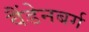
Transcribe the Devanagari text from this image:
वैंडेनबर्ग